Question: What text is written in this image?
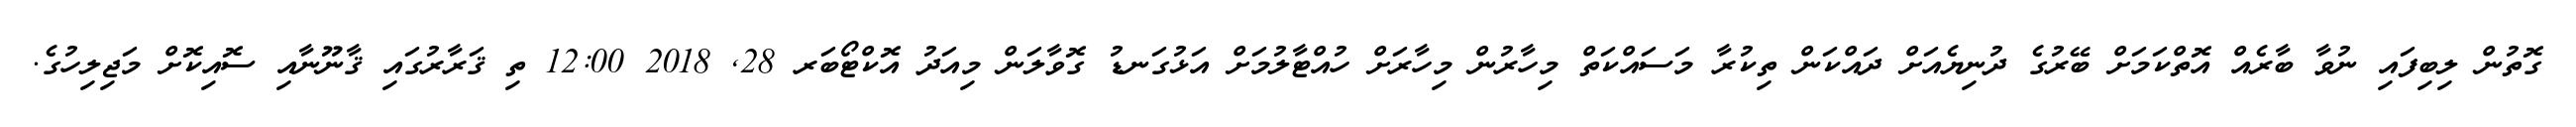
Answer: ގޮތުން ލިބިފައި ނުވާ ބާރެއް އޮތްކަމަށް ބޭރުގެ ދުނިޔެއަށް ދައްކަން ތިކުރާ މަސައްކަތް މިހާރުން މިހާރަށް ހުއްޓާލުމަށް އަޅުގަނޑު ގޮވާލަން މިއަދު އޮކްޓޯބަރ 28, 2018 12:00 ތި ޤަރާރުގައި ޤާނޫނާއި ސޮއިކޮށް މަޖިލިހުގެ.